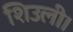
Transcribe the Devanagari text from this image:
शिउली।